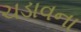
ચડાવના